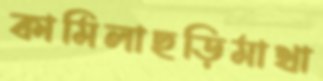
কামিলাছড়িমাথা